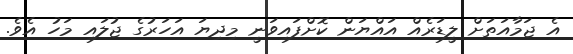
އެ ޖަމާއަތަށް ލީޑަރެއް އައްޔަން ކޮށްފައިވަނީ މިދިޔަ އަހަރުގެ ޖުލައި މަހު އެވެ.